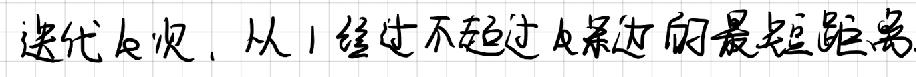
迭代 \( k \) 次，从 \( 1 \) 经过不超过 \( k \) 条边的最短距离